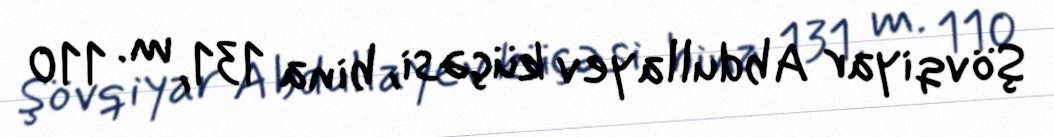
Şövqiyar Abdullayev küçəsi, bina 131, m. 110